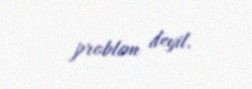
problem deyil.